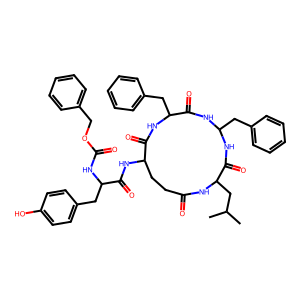
SMILES: CC(C)CC1NC(=O)CCC(NC(=O)C(Cc2ccc(O)cc2)NC(=O)OCc2ccccc2)C(=O)NC(Cc2ccccc2)C(=O)NC(Cc2ccccc2)NC1=O
Inhibits HIV replication: No